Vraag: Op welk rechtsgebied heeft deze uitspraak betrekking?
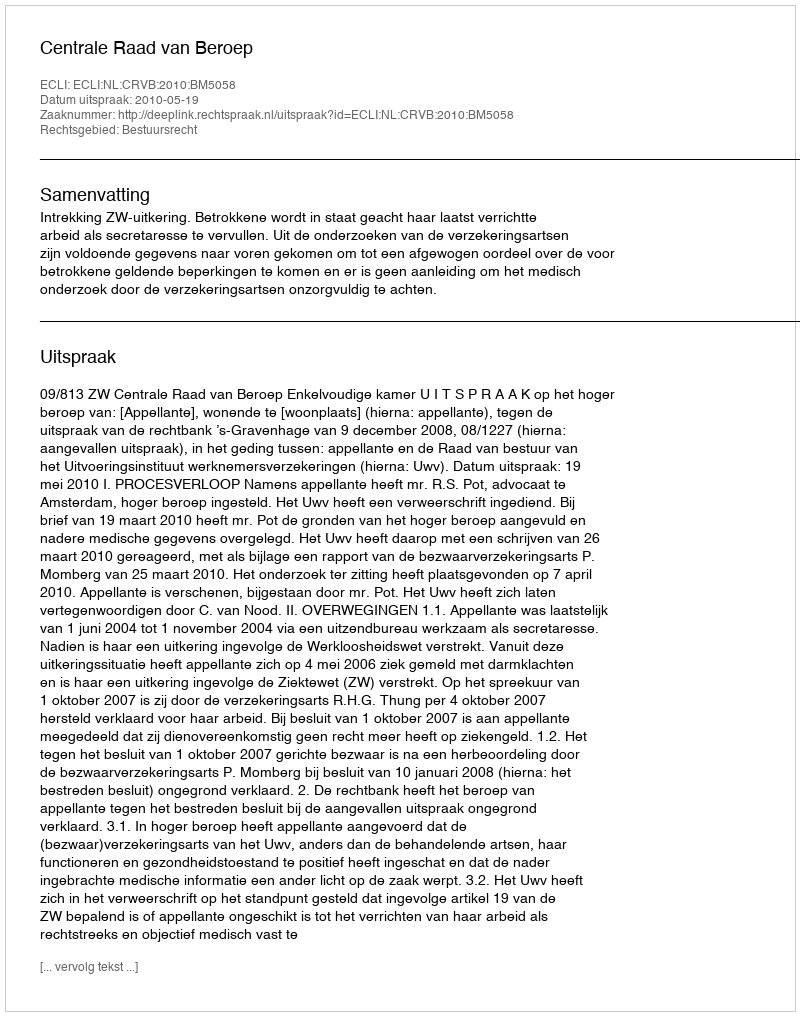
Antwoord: Bestuursrecht